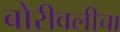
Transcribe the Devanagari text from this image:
बोरीवलीचा